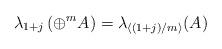
LaTeX: \begin{align*}\lambda_{1+j}\left(\oplus^m A\right) = \lambda_{\langle(1+j)/m\rangle}(A)\end{align*}